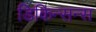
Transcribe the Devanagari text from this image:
डिकिन्सन्स